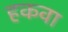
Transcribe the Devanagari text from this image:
हकवा